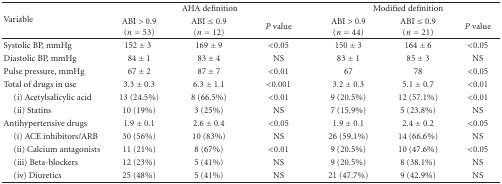
<table><thead><tr><td rowspan="2"><b>Variable</b></td><td colspan="3"><b>AHA definition</b></td><td colspan="3"><b>Modified definition</b></td></tr><tr><td><b>ABI &gt; 0.9 (<i>n</i> = 53)</b></td><td><b>ABI ≤ 0.9(<i>n</i> = 12)</b></td><td><b><i>P</i> value</b></td><td><b>ABI &gt; 0.9 (<i>n</i> = 44)</b></td><td><b>ABI ≤ 0.9 (<i>n</i> = 21)</b></td><td><b><i>P</i> value</b></td></tr></thead><tbody><tr><td>Systolic BP, mmHg</td><td>152 ± 3</td><td>169 ± 9</td><td>&lt;0.05</td><td>150 ± 3</td><td>164 ± 6</td><td>&lt;0.05</td></tr><tr><td>Diastolic BP, mmHg</td><td>84 ± 1</td><td>83 ± 4</td><td>NS</td><td>83 ± 1</td><td>85 ± 3</td><td>NS</td></tr><tr><td>Pulse pressure, mmHg</td><td>67 ± 2</td><td>87 ± 7</td><td>&lt;0.01</td><td>67</td><td>78</td><td>&lt;0.05</td></tr><tr><td>Total of drugs in use</td><td>3.3 ± 0.3</td><td>6.3 ± 1.1</td><td>&lt;0.001</td><td>3.2 ± 0.3</td><td>5.1 ± 0.7</td><td>&lt;0.01</td></tr><tr><td> (i) Acetylsalicylic acid</td><td>13 (24.5%)</td><td>8 (66.5%)</td><td>&lt;0.01</td><td>9 (20.5%)</td><td>12 (57.1%)</td><td>&lt;0.01</td></tr><tr><td> (ii) Statins</td><td>10 (19%)</td><td>3 (25%)</td><td>NS</td><td>7 (15.9%)</td><td>5 (23.8%)</td><td>NS</td></tr><tr><td>Antihypertensive drugs</td><td>1.9 ± 0.1</td><td>2.6 ± 0.4</td><td>&lt;0.05</td><td>1.9 ± 0.1</td><td>2.4 ± 0.2</td><td>&lt;0.05</td></tr><tr><td> (i) ACE inhibitors/ARB</td><td>30 (56%)</td><td>10 (83%)</td><td>NS</td><td>26 (59.1%)</td><td>14 (66.6%)</td><td>NS</td></tr><tr><td> (ii) Calcium antagonists</td><td>11 (21%)</td><td>8 (67%)</td><td>&lt;0.01</td><td>9 (20.5%)</td><td>10 (47.6%)</td><td>&lt;0.05</td></tr><tr><td> (iii) Beta-blockers</td><td>12 (23%)</td><td>5 (41%)</td><td>NS</td><td>9 (20.5%)</td><td>8 (38.1%)</td><td>NS</td></tr><tr><td> (iv) Diuretics</td><td>25 (48%)</td><td>5 (41%)</td><td>NS</td><td>21 (47.7%)</td><td>9 (42.9%)</td><td>NS</td></tr></tbody></table>